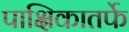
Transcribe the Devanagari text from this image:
पाक्षिकातर्फे